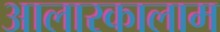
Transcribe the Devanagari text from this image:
आलारकालाम